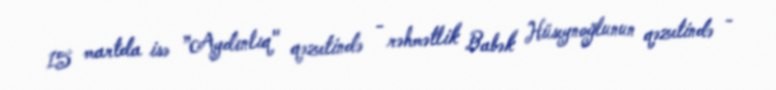
15 martda isə ”Aydınlıq" qəzetində - rəhmətlik Babək Hüseynoğlunun qəzetində -